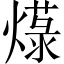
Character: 𱬓